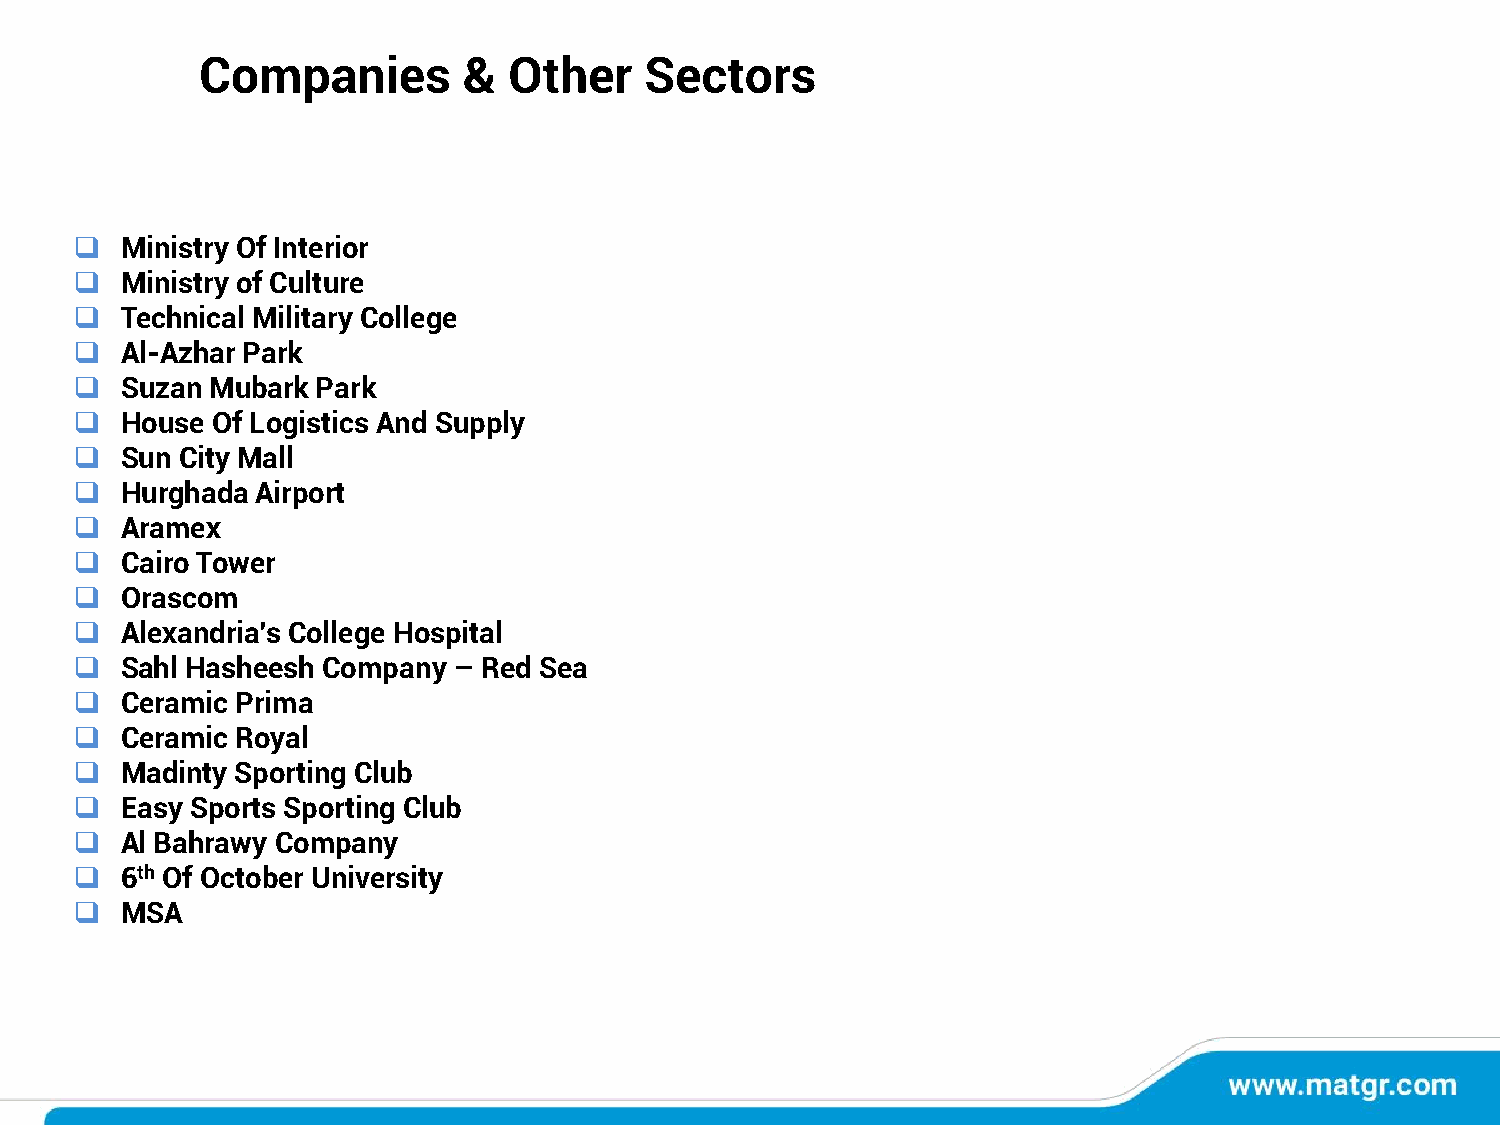
Companies         &  Other    Sectors
 ❑  Ministry Of Interior
 ❑  Ministry of Culture
 ❑  Technical Military College
 ❑  Al-Azhar Park
 ❑  Suzan Mubark Park
 ❑  House Of Logistics And Supply
 ❑  Sun City Mall
 ❑  Hurghada Airport
 ❑  Aramex
 ❑  Cairo Tower
 ❑  Orascom
 ❑  Alexandria’s College Hospital
 ❑  Sahl Hasheesh Company – Red Sea
 ❑  Ceramic Prima
 ❑  Ceramic Royal
 ❑  Madinty Sporting Club
 ❑  Easy Sports Sporting Club
 ❑  Al Bahrawy Company
 ❑  6th Of October University
 ❑  MSA